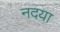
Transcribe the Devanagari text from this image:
नदया